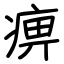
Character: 痹